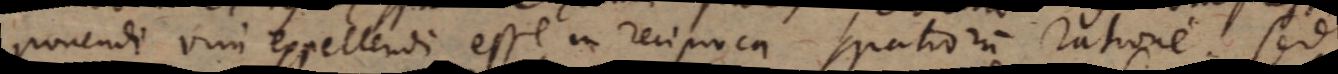
ponendo vim expellendi esse in reciproca spatiorum ratione. Sed